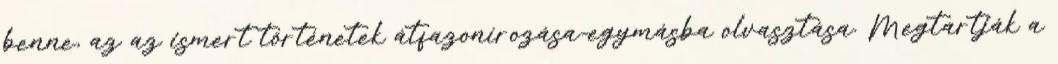
benne, az az ismert történetek átfazonírozása-egymásba olvasztása. Megtartják a